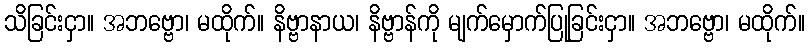
သိခြင်းငှာ။ အဘဗ္ဗော၊ မထိုက်။ နိဗ္ဗာနာယ၊ နိဗ္ဗာန်ကို မျက်မှောက်ပြုခြင်းငှာ။ အဘဗ္ဗော၊ မထိုက်။